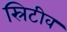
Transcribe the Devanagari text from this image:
स्रिटीव